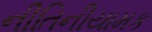
નીતિનીયામક